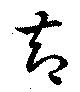
却